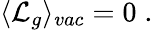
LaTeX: \begin{array}{r}{\langle\mathcal{L}_{g}\rangle_{vac}=0\; .}\end{array}